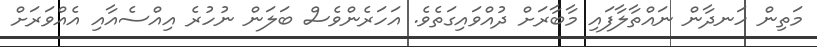
މަތިން ހަނދާން ނައްތާލާފައި މާބާރަށް ދުއްވައިގަތެވެ. އަހަރެންވެސް ބަލަން ނުހުރެ އިއްސެއާއި އެއްވަރަށް